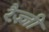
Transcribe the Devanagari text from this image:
रैज़्ज़ी